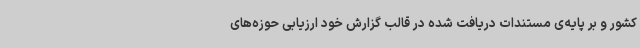
کشور و بر پایه‌ی مستندات دریافت شده در قالب گزارش خود ارزیابی حوزه‌های